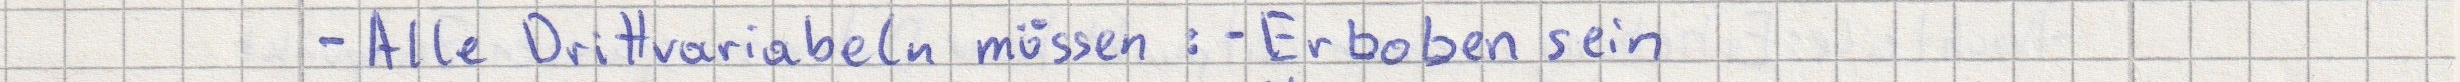
- Alle Drittvariablen müssen: - Erhoben sein